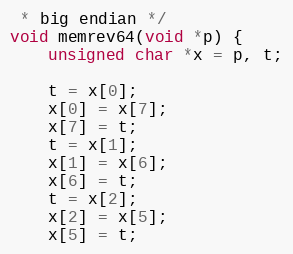
Language: C
 * big endian */
void memrev64(void *p) {
    unsigned char *x = p, t;

    t = x[0];
    x[0] = x[7];
    x[7] = t;
    t = x[1];
    x[1] = x[6];
    x[6] = t;
    t = x[2];
    x[2] = x[5];
    x[5] = t;